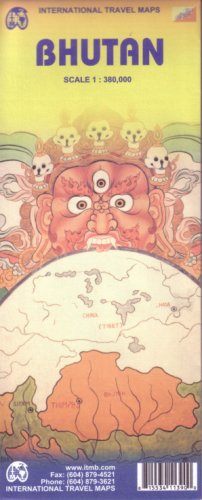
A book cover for Bhutan 1:380,000 Travel Map 2008***; ITM Canada; Travel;